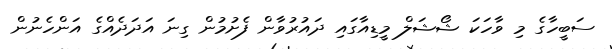
ސަބީހާގެ މި ވާހަކަ ޝޯޝަލް މީޑިއާގައި ދައުރުވާން ފެށުމުން ގިނަ އަދަދެއްގެ އަންހެނުން